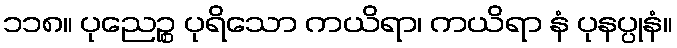
၁၁၈။ ပုညေဉ္စ ပုရိသော ကယိရာ၊ ကယိရာ နံ ပုနပ္ပုနံ။